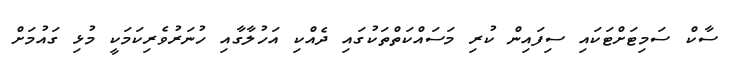
ސާކް ސަމިޓަށްޓަކައި ސިފައިން ކުރި މަސައްކަތްތަކުގައި ދެއްކި އަހުލާގާއި ހުނަރުވެރިކަމަކީ މުޅި ގައުމަށް